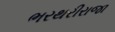
ભરથરીરાજા